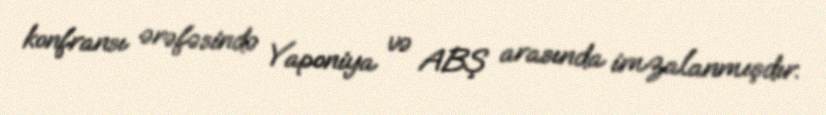
konfransı ərəfəsində Yaponiya və ABŞ arasında imzalanmışdır.